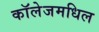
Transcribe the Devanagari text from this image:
काॅलेजमधिल